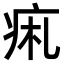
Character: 𤵦